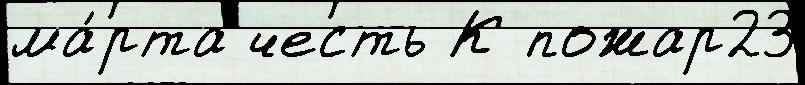
ма́рта честь К пожар23